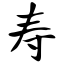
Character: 寿